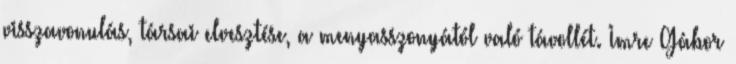
visszavonulás, társai elvesztése, a menyasszonyától való távollét. Imre Gábor